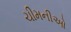
ચીમનીઓ